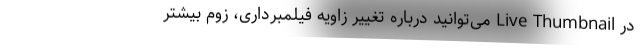
در Live Thumbnail می‌توانید درباره تغییر زاویه فیلمبرداری، زوم بیشتر